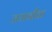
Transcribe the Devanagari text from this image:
जयानीक